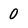
Character: 0